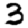
Digit: 3